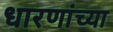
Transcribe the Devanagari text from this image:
धारणांच्या